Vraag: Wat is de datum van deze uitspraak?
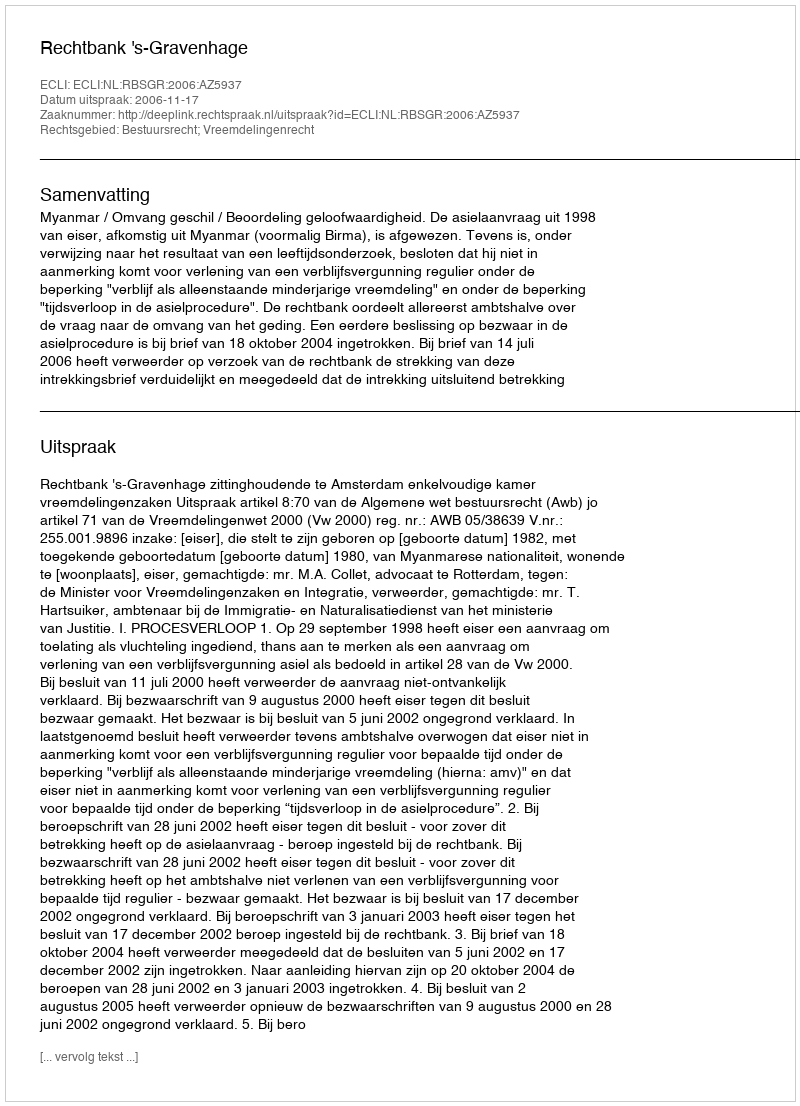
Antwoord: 2006-11-17